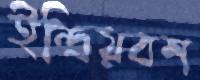
ইন্দ্রিয়বশ